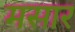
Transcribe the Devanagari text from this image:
मसार